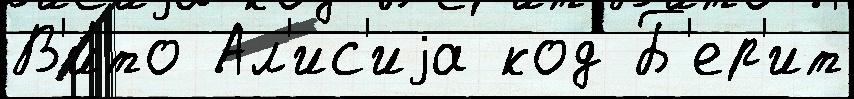
В'и́то Ал'ис'иjа код Б'ер'ит